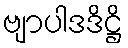
ဗျာပါဒဒိဋ္ဌိ